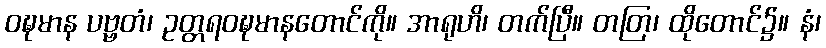
ဝဍ္ဎမာန ပဗ္ဗတံ၊ ဥတ္တရဝဍ္ဎမာနတောင်ကို။ အာရုဟိ၊ တက်ပြီ။ တတြ၊ ထိုတောင်၌။ နံ၊